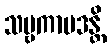
သဗ္ဗကာမဒန္တိ